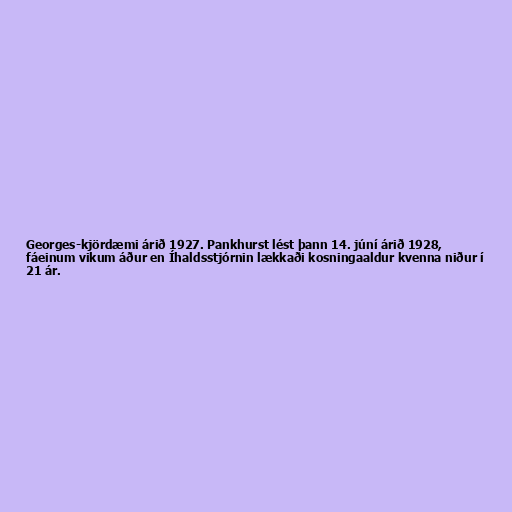
Georges-kjördæmi árið 1927. Pankhurst lést þann 14. júní árið 1928,
fáeinum vikum áður en Íhaldsstjórnin lækkaði kosningaaldur kvenna niður í
21 ár.